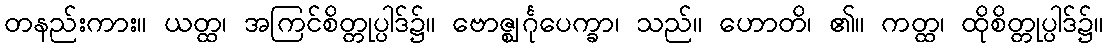
တနည်းကား။ ယတ္ထ၊ အကြင်စိတ္တုပ္ပါဒ်၌။ ဗောဇ္ဈင်္ဂုပေက္ခာ၊ သည်။ ဟောတိ၊ ၏။ ကတ္ထ၊ ထိုစိတ္တုပ္ပါဒ်၌။